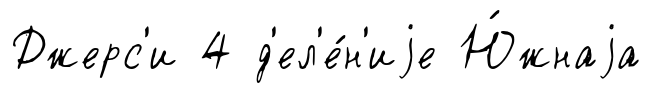
Джерс'и 4 д'ел'е́н'иjе Ю́жнаjа